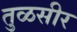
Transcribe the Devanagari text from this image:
तुळसीर